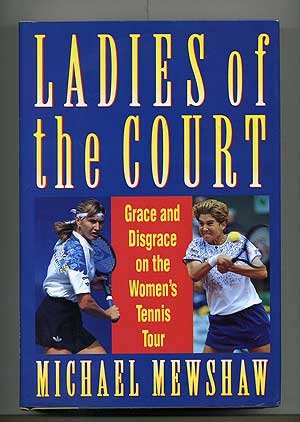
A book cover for Ladies Of The Court: Grace & Disgrace on the Women's Tennis Tour; Michael Mewshaw; Sports & Outdoors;